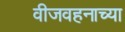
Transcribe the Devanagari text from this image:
वीजवहनाच्या